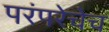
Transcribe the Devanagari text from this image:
परंपरेचेच